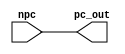
`timescale 1ns / 1ps

module pc_mod( output reg [31:0] pc_out, input wire [31:0] npc );
    
    initial 
    begin
        pc_out <= 0;
    end
    
    always @ ( npc ) 
    begin
        #1 pc_out <= npc;
    end
    
endmodule